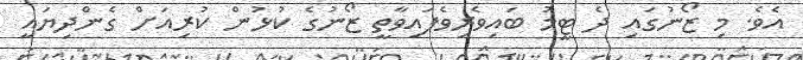
އެވެ. މި ޒޯނުގައި ދެ ޓީމު ބައިވެރިވެފައިވާތީ ޒޯނުގެ ކުޅުން ކުރިއަށް ގެންދިޔައީ